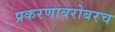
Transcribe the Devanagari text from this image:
प्रकरणाबरोबरच